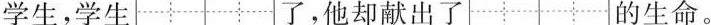
学生，学生” 了，他却献出了 的生命。